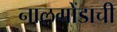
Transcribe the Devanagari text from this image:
नालगोंडाची